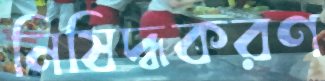
নিষিদ্ধকরণ